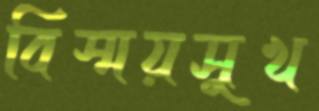
বিস্ময়সুখ